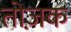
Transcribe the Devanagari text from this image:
तोज़क